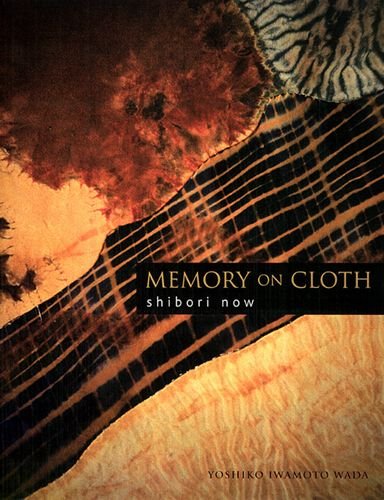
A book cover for Memory on Cloth: Shibori Now; Yoshiko Iwamoto Wada; Crafts, Hobbies & Home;